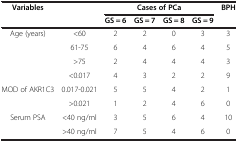
| <ROWSPAN=2> Variables |  | <COLSPAN=4> Cases of PCa | <ROWSPAN=2> BPH |
 |  | GS = 6 | GS = 7 | GS = 8 | GS = 9 |
 | --- | --- | --- | --- | --- | --- | --- |
 | <ROWSPAN=3> Age (years) | <60 | 2 | 2 | 0 | 3 | 3 |
 | 61-75 | 6 | 4 | 6 | 4 | 5 |
 | >75 | 2 | 4 | 4 | 4 | 3 |
 | <ROWSPAN=3> MOD of AKR1C3 | <0.017 | 4 | 3 | 2 | 2 | 9 |
 | 0.017-0.021 | 5 | 5 | 4 | 2 | 1 |
 | >0.021 | 1 | 2 | 4 | 6 | 0 |
 | <ROWSPAN=2> Serum PSA | <40 ng/ml | 3 | 5 | 6 | 4 | 10 |
 | >40 ng/ml | 7 | 5 | 4 | 6 | 0 |